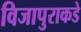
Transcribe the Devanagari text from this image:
विजापुराकडे